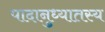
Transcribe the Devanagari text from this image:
पादानुध्यातस्य